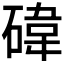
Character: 𥔬